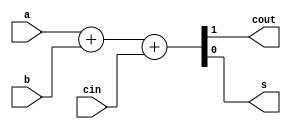
`timescale 1ns / 1ns
//////////////////////////////////////////////////////////////////////////////////
// Company: 
// Engineer: 
// 
// Design Name: 
// Module Name: fullAdder
// Project Name: 
// Target Devices: 
// Tool Versions: 
// Description: 
// 
// Dependencies: 
// 
// Revision:
// Revision 0.01 - File Created
// Additional Comments:
// 
//////////////////////////////////////////////////////////////////////////////////


module fullAdder(
    output cout,
    output s,
    input a,
    input b,
    input cin
    );
    
//reg cout;
//reg s;
//always @(a or b or cin)
//begin
//    {cout, s} = a + b + cin;
//end

assign {cout, s} = a + b + cin;

endmodule